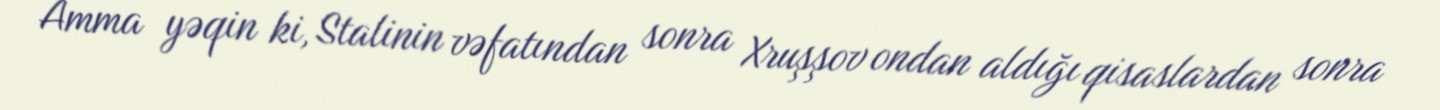
Amma yəqin ki, Stalinin vəfatından sonra Xruşşov ondan aldığı qisaslardan sonra